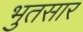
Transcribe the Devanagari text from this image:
भुतसार